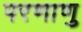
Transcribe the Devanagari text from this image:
परणाणु